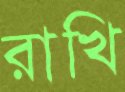
রাখি